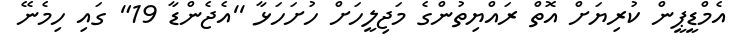
އެމްޑީޕީން ކުރިޔަށް އޮތް ރައްޔިތުންގެ މަޖިލީހަށް ހުށަހަޅާ ''އެޖެންޑާ 19" ގައި ހިމެނޭ